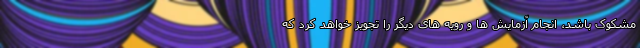
مشکوک باشد، انجام آزمایش ها و رویه های دیگر را تجویز خواهد کرد که